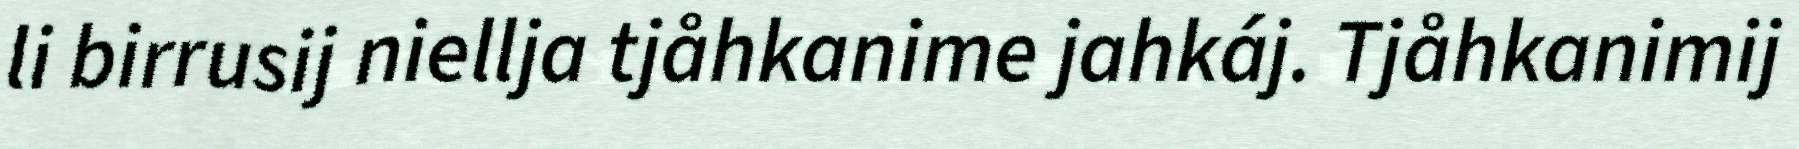
li birrusij niellja tjåhkanime jahkáj. Tjåhkanimij